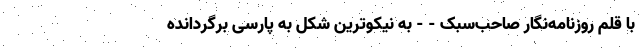
با قلم روزنامه‌نگار صاحب‌سبک - - به نیکوترین شکل به پارسی برگردانده